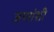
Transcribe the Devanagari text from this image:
जणांशी